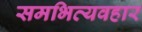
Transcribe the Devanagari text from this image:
समभिव्यवहार